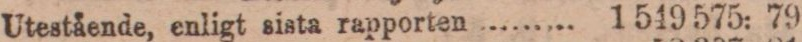
Utestäende, enligt sista rapporten ......... 1 549 575: 79